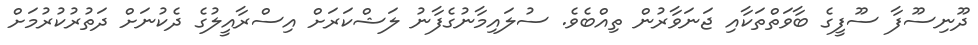
ދޫނިސޫފާ ސޫފީގެ ބާވަތްތަކާއި ޖަނަވާރުން ތިއްބެވެ. ސުލައިމާނުގެފާނު ލަޝްކަރަށް އިސްރާއީލުގެ ދެކުނަށް ދަތުރުކުރުމަށް